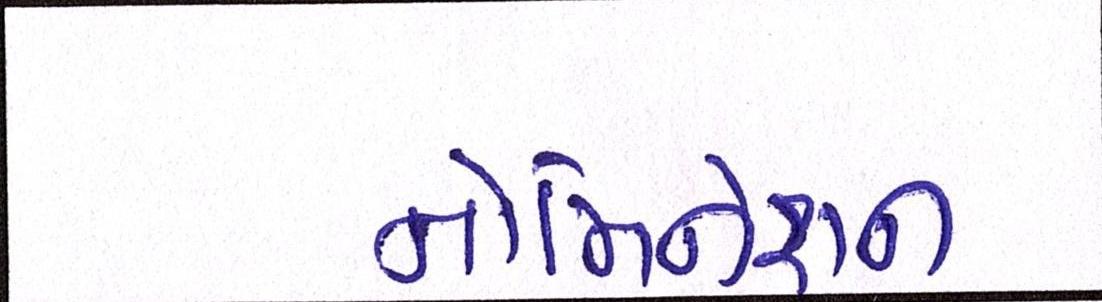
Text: નોમિનેશન